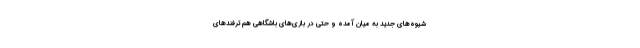
شیوه‌های جدید به میان آمده و حتی در بازی‌های باشگاهی هم ترفندهای